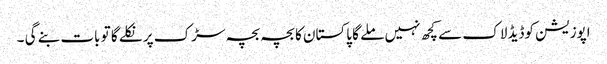
اپوزیشن کوڈیڈ لاک سے کچھ نہیں ملے گا پاکستان کا بچہ بچہ سڑک پر نکلے گا تو بات بنے گی ۔